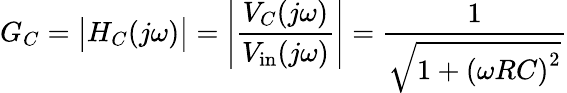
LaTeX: G_{C}={\big|}H_{C}(j\omega){\big|}=\left|{\frac{V_{C}(j\omega)}{V_{\mathrm{in}}(j\omega)}}\right|={\frac{1}{\sqrt{1+\left(\omega RC\right)^{2}}}}